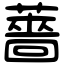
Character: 薔